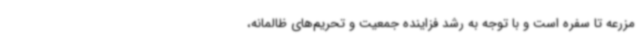
مزرعه تا سفره است و با توجه به رشد فزاینده جمعیت و تحریم‌های ظالمانه،